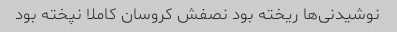
نوشیدنی‌ها ریخته بود نصفش کروسان کاملا نپخته بود